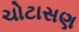
ચોટાસણ